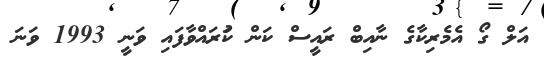
އަލް ގޯ އެމެރިކާގެ ނާއިބް ރައީސް ކަން ކުަރައްވާފައި ވަނީ 1993 ވަނަ